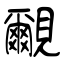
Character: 覼